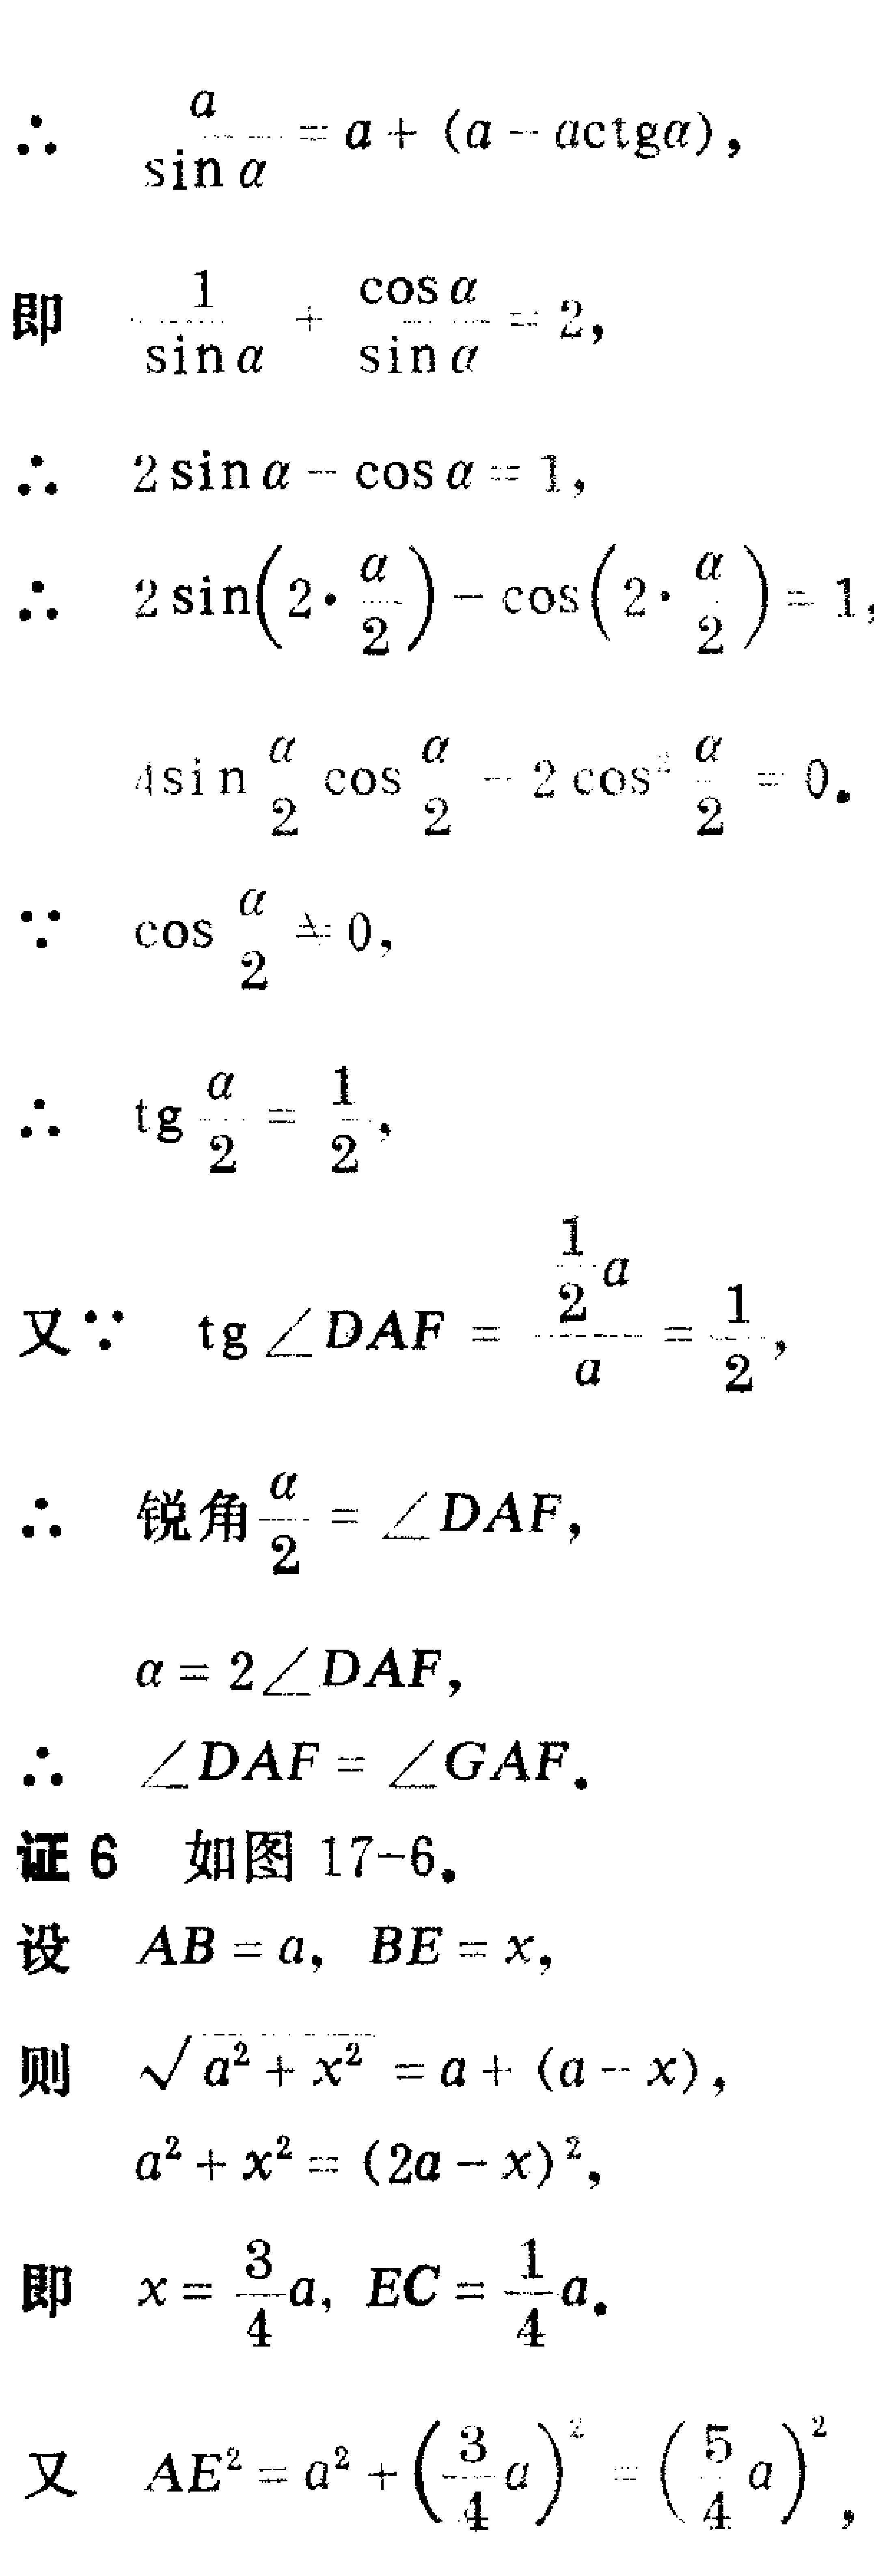
\[

\begin{align*}

&\frac{a}{\sin\alpha}=a+(a - a\cot\alpha),\\

&\text{即 }\frac{1}{\sin\alpha}+\frac{\cos\alpha}{\sin\alpha}=2,\\

&\therefore 2\sin\alpha-\cos\alpha = 1,\\

&\therefore 2\sin(2\cdot\frac{\alpha}{2})-\cos(2\cdot\frac{\alpha}{2}) = 1,\\

&4\sin\frac{\alpha}{2}\cos\frac{\alpha}{2}-2\cos^{2}\frac{\alpha}{2}=0.\\

&\because\cos\frac{\alpha}{2}\neq0,\\

&\therefore\tan\frac{\alpha}{2}=\frac{1}{2},\\

&\text{又}\because\tan\angle DAF=\frac{\frac{1}{2}a}{a}=\frac{1}{2},\\

&\therefore\text{锐角}\frac{\alpha}{2}=\angle DAF,\\

&\alpha = 2\angle DAF,\\

&\therefore\angle DAF=\angle GAF.\\

&\text{证6 如图17 - 6.}\\

&\text{设 }AB = a,BE = x,\\

&\text{则 }\sqrt{a^{2}+x^{2}}=a+(a - x),\\

&a^{2}+x^{2}=(2a - x)^{2},\\

&\text{即 }x=\frac{3}{4}a,EC=\frac{1}{4}a.\\

&\text{又 }AE^{2}=a^{2}+(\frac{3}{4}a)^{2}=(\frac{5}{4}a)^{2},

\end{align*}

\]